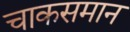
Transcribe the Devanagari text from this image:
चाकसमान